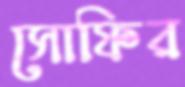
সোফির